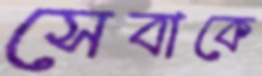
সেবাকে